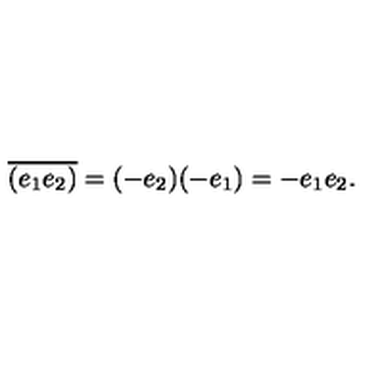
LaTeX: \overline { { ( e _ { 1 } e _ { 2 } ) } } = ( - e _ { 2 } ) ( - e _ { 1 } ) = - e _ { 1 } e _ { 2 } .